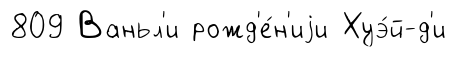
809 Ваньл'и рожд'е́н'иjи Хуэ́й-д'и